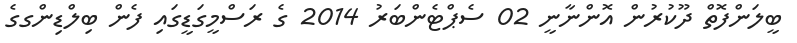
ބީލަންފޮތް ދޫކުރުން އޮންނާނީ 02 ސެޕްޓެންބަރު 2014 ގެ ރަސްމީގަޑީގައި ފެން ބިލްޑިންގގެ